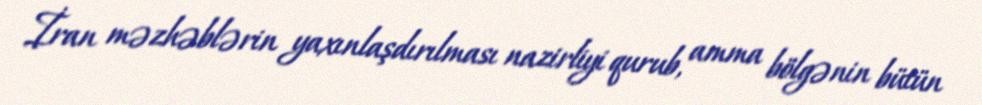
İran məzhəblərin yaxınlaşdırılması nazirliyi qurub, amma bölgənin bütün